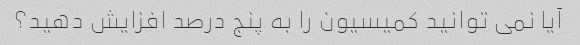
آیا نمی توانید کمیسیون را به پنج درصد افزایش دهید؟